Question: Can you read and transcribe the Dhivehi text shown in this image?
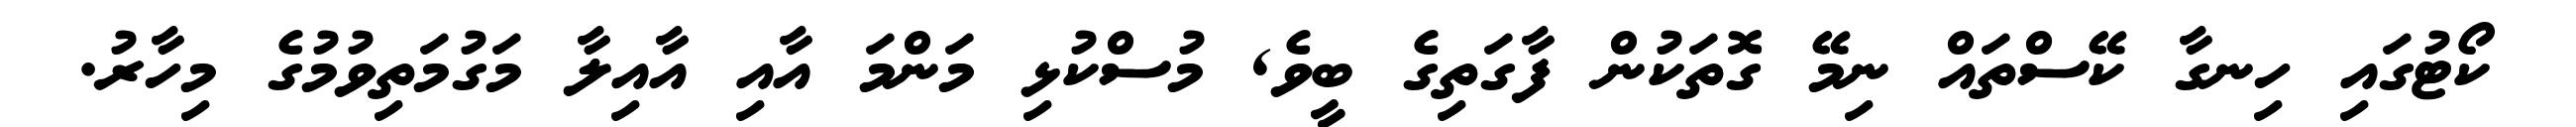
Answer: ކޯޓުގައި ހިނގާ ކޭސްތައް ނިމޭ ގޮތަކުން ފާގަތިގެ ބީވެ, މުސްކުޅި މަންމަ އާއި އާއިލާ މަގުމަތިވުމުގެ މިހާރު.